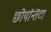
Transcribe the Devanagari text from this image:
छोयन्तिटा